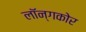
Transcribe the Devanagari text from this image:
लॉन्गकोर